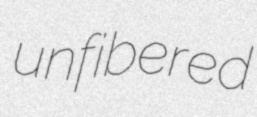
unfibered